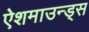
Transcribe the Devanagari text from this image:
ऐशमाउन्ड्स